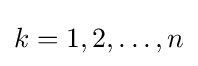
k=1,2,\ldots ,n